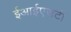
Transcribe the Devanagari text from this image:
ईआईएसटी